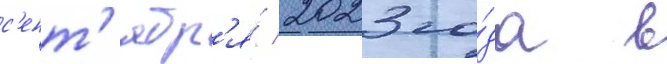
с'ент'ябр'я́ 2023 го́да в